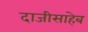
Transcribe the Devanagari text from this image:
दाजीसाहेब